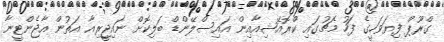
ގްރޫޕް ފިޔަވަހީގެ ފަހު މެޗުގައި ކްރޮއޭޝިއާއިން އައިސްލޭންޑް ބަލިކޮށް ނައިޖީރިއާ އަތުން އާޖެންޓީނާ